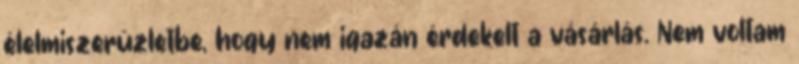
élelmiszerüzletbe, hogy nem igazán érdekelt a vásárlás. Nem voltam